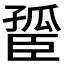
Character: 𦣮